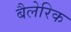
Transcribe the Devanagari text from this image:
बैलेरिक